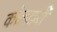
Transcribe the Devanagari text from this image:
कोलदर्जी